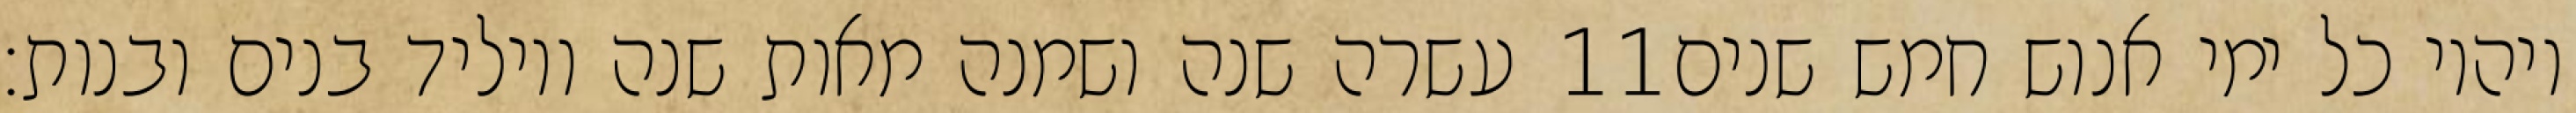
עשרה שנה ושמנה מאות שנה ויוליד בנים ובנות׃ ‎11‏ ויהיו כל ימי אנוש חמש שנים